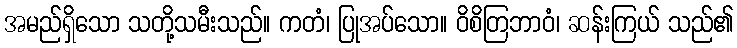
အမည်ရှိသော သတို့သမီးသည်။ ကတံ၊ ပြုအပ်သော။ ဝိစိတြဘာဝံ၊ ဆန်းကြယ် သည်၏